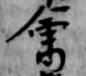
会